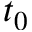
t _ { 0 }